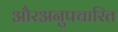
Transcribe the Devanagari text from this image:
औरअनुपचारित